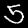
Digit: 5